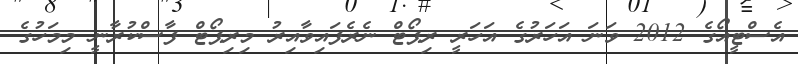
އެސްޓީއޯގެ 2012 ވަނަ އަހަރުގެ އަހަރީ ރިޕޯޓް ނެރެފައިވާއިރު މިރިޕޯޓް ފާސްކުރާނީ މިމަހުގެ